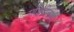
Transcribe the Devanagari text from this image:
मशिदीलाही